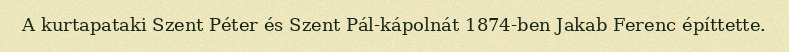
A kurtapataki Szent Péter és Szent Pál-kápolnát 1874-ben Jakab Ferenc építtette.